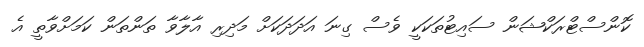
ކޮންސްޓްރަކްޝަން ސައިޓުތަކަކީ ވެސް ގިނަ އަދަދަކަށް މަދިރި އާލާވާ ތަންތަން ކަމަށްވާތީ އެ